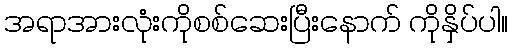
အရာအားလုံးကိုစစ်ဆေးပြီးနောက် ကိုနှိပ်ပါ။